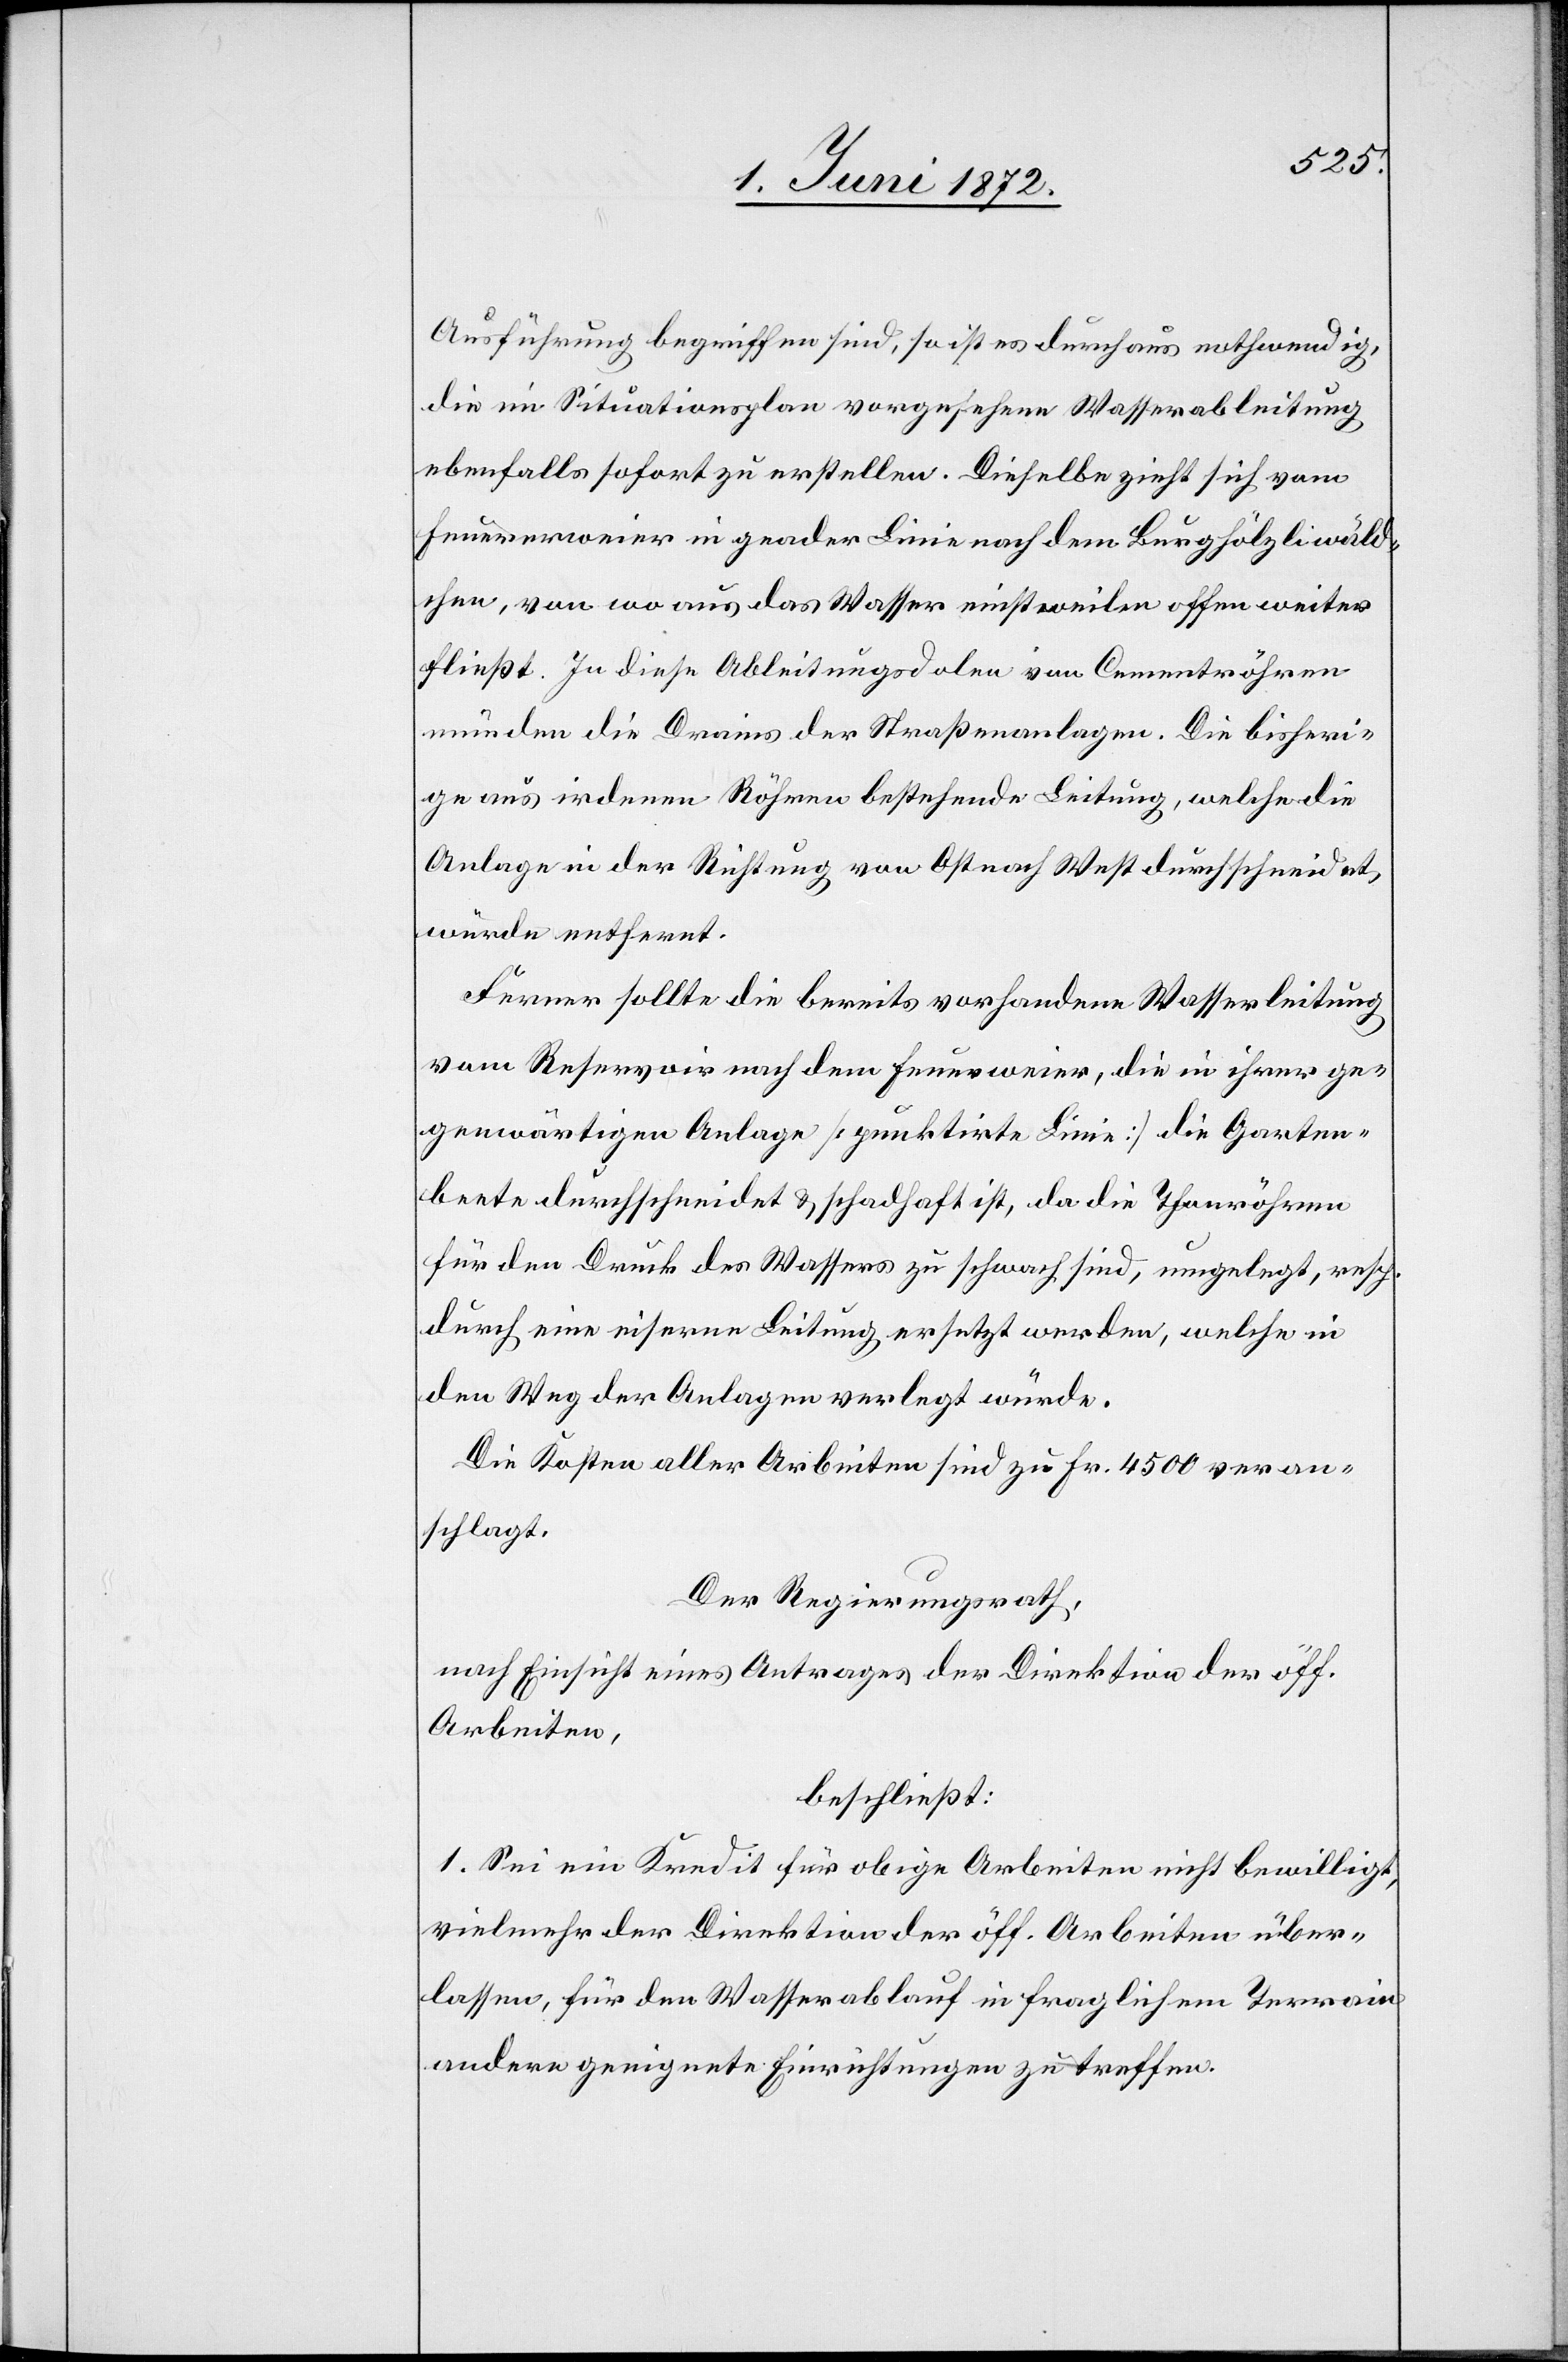
Ausführung begriffen sind, so ist es durchaus nothwendig,
die im Situationsplan vorgesehene Wasserableitung
ebenfalls sofort zu erstellen. Dieselbe zieht sich vom
Feuererweier [sic!] in ge[r]ader Linie nach dem Burghölzliwäld¬
chen, von wo aus das Wasser einstweilen offen weiter
fließt. In diese Ableitungsdolen von Cementröhren
münden die Drains der Straßenanlagen. Die bisheri¬
ge aus irdenen Röhren bestehende Leitung, welche die
Anlage in der Richtung von Ost nach West durchschneidet,
würde entfernt.
Ferner sollte die bereits vorhandene Wasserleitung
vom Reservoir nach dem Feuerweier, die in ihrer ge¬
genwärtigen Anlage [punktirte Linie] die Garten¬
beete durchschneidet u. schadhaft ist, da die Thonröhren
für den Druck des Wassers zu schwach sind, umgelegt, resp.
durch eine eiserne Leitung ersetzt werden, welche in
den Weg der Anlagen verlegt würde.
Die Kosten aller Arbeiten sind zu Fr. 4500 veran¬
schlagt.
Der Regierungsrath,
nach Einsicht eines Antrages der Direktion der öff.
Arbeiten,
beschließt:
1. Sei ein Kredit für obige Arbeiten nicht bewilligt,
vielmehr der Direktion der öff. Arbeiten über¬
lassen, für den Wasserablauf in fraglichem Terrain
andere geeignete Einrichtungen zu treffen.